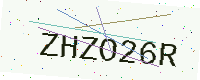
Text: ZHZO26R